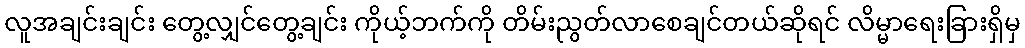
လူအချင်းချင်း တွေ့လျှင်တွေ့ချင်း ကိုယ့်ဘက်ကို တိမ်းညွတ်လာစေချင်တယ်ဆိုရင် လိမ္မာရေးခြားရှိမှ